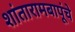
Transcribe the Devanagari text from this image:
शांतारामबापूंचे